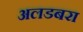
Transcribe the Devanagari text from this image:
अलडबरा